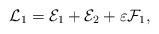
LaTeX: \begin{align*} \mathcal{L}_1 = \mathcal{E}_1 + \mathcal{E}_2 + \varepsilon \mathcal{F}_1,\end{align*}